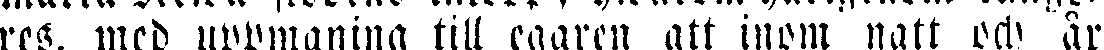
res, med uppmaning till egaren att inom natt och år